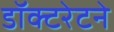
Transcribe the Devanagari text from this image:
डॉक्टरेटने